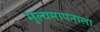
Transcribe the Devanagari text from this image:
मूल्यमापनाला